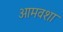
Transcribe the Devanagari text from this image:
आमवशा